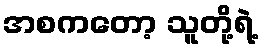
အစကတော့ သူတို့ရဲ့